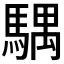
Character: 𩤛